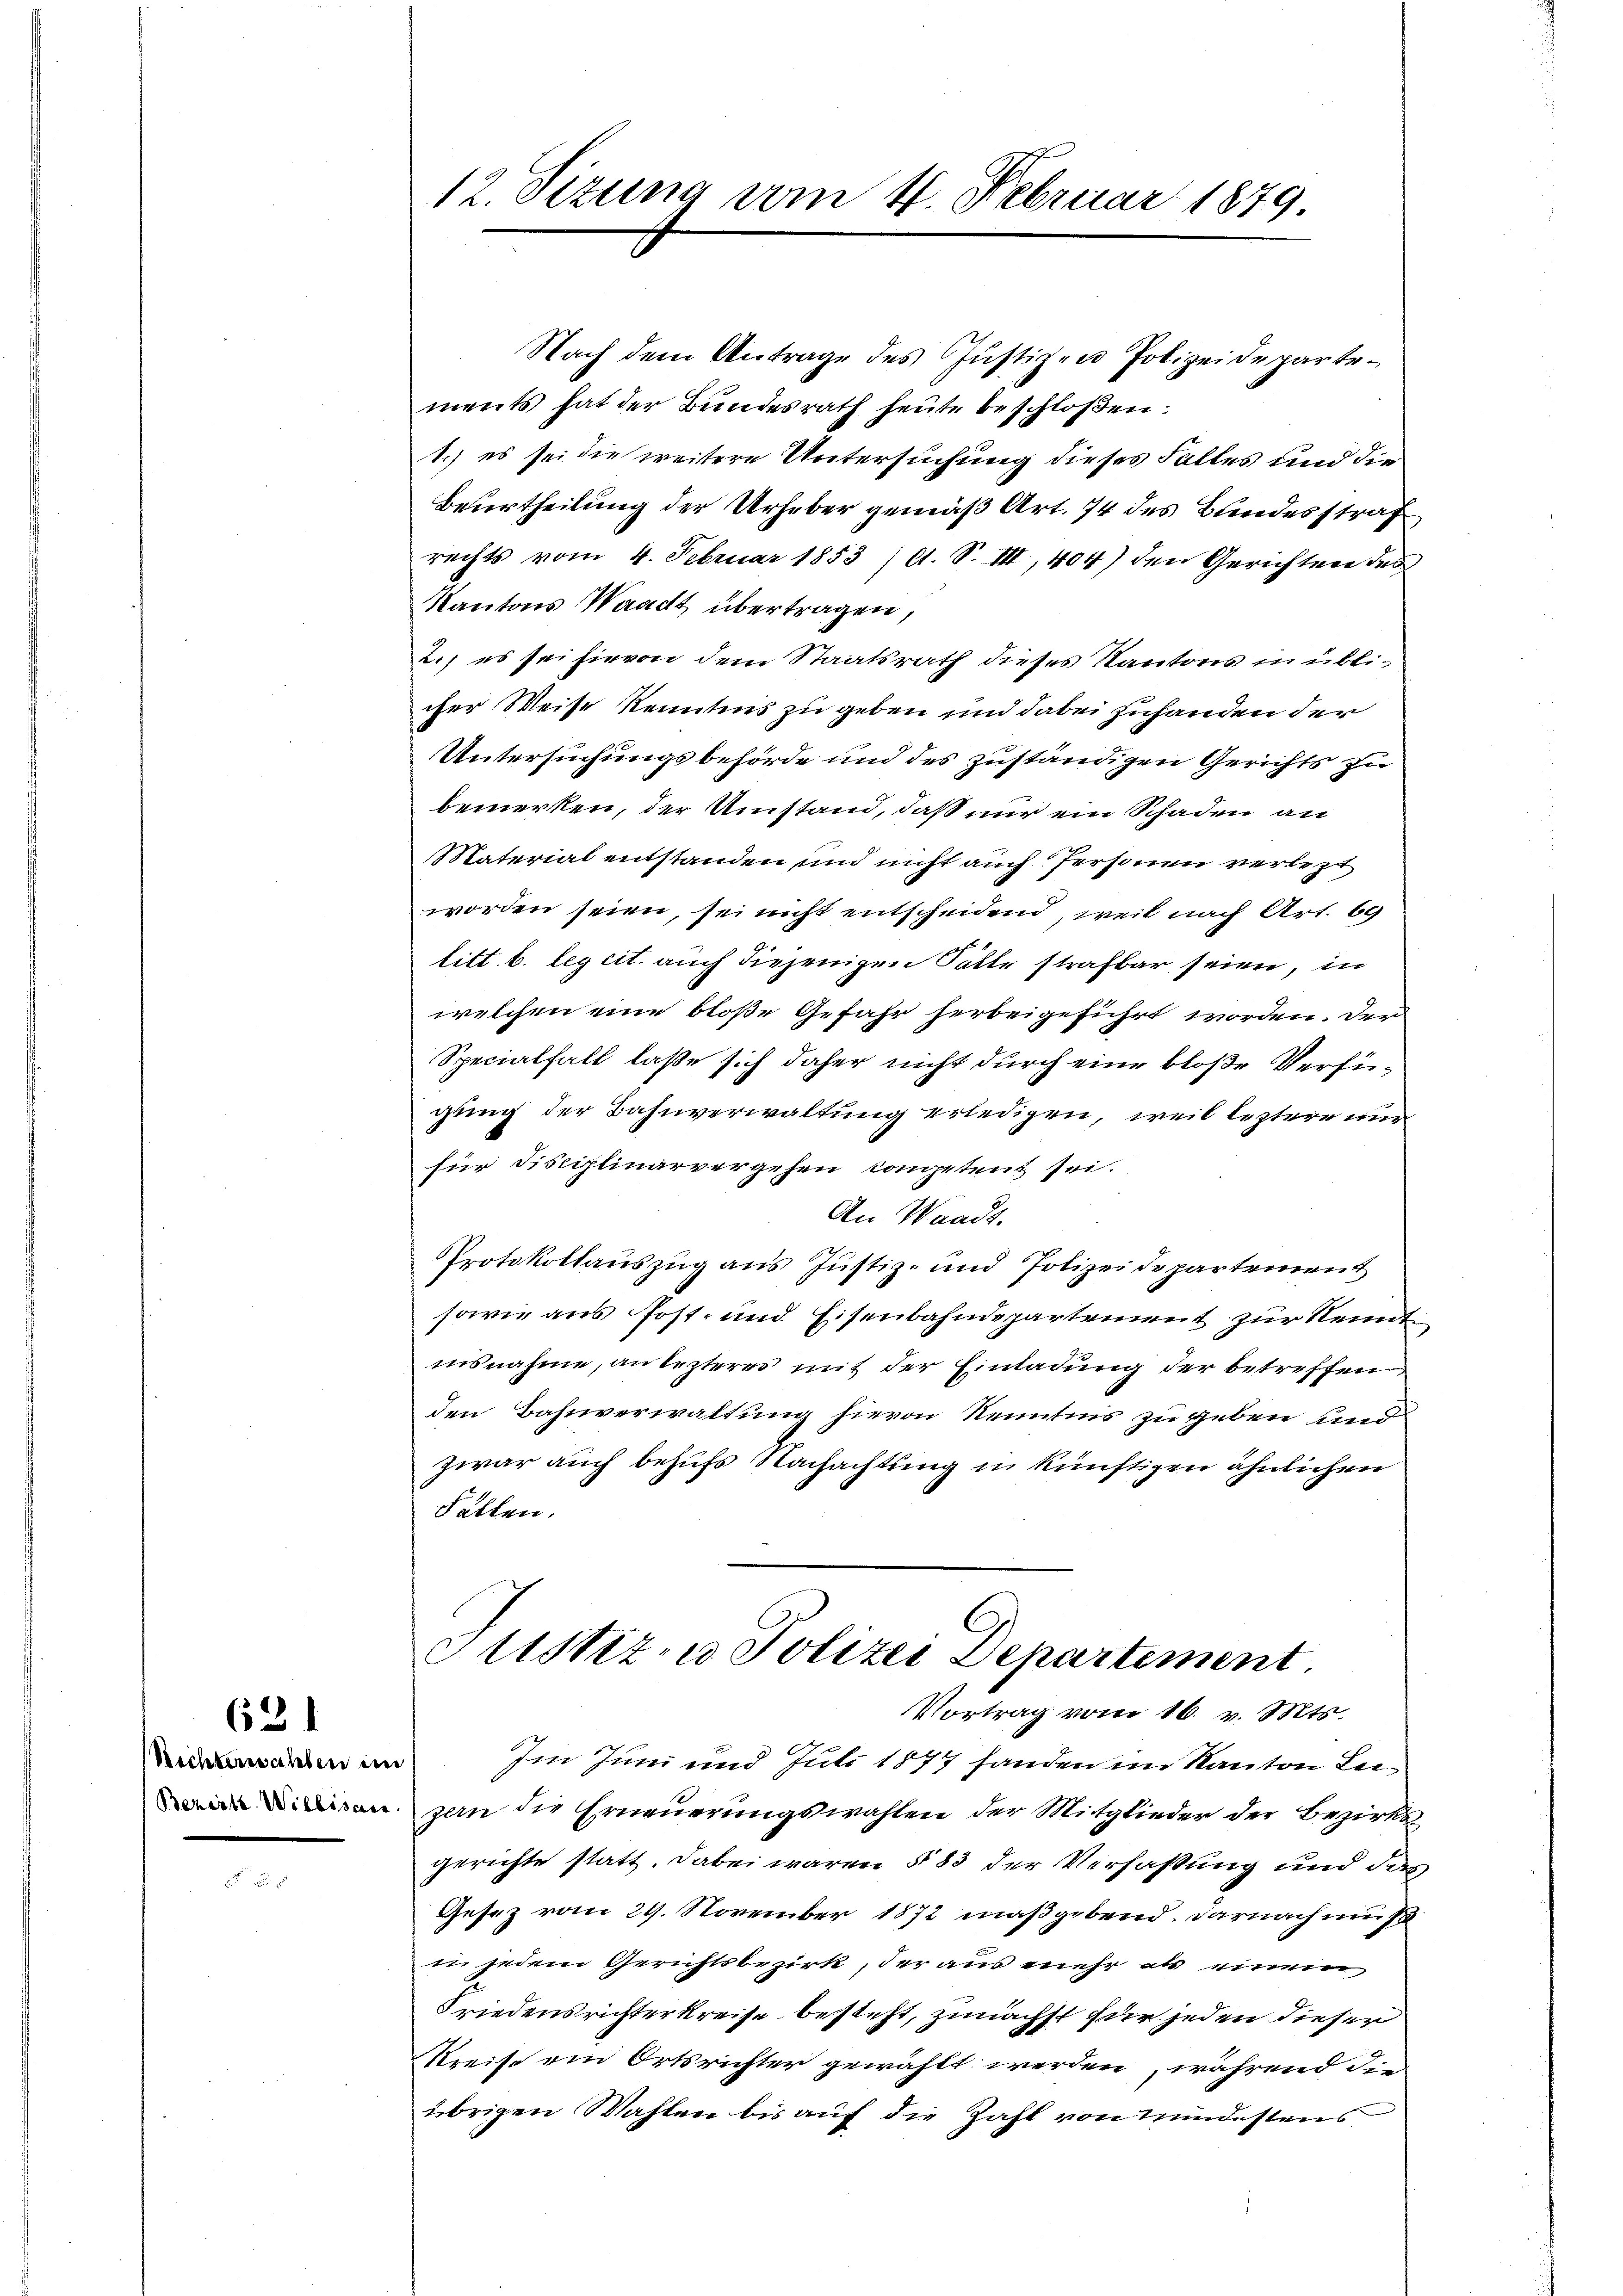
631

Richterwahlen im
Bezirte. Willisau

12. Sizung vom 4. Februar 1879

Nach dem Antrage des Justizen Polizeidepartements hat der Bundesrath heute beschloßen:
1.) es sei die weitere Untersuchung dieses Falles und die
Beurtheilung der Urheber gemäß Art. 74 des Bundesstraf
rechts vom 4. Februar 1853 (lt. S. III, 404) den Gerichten des
Kantons Waadt übertragen,
2.) es sei hievon dem Staatsrath dieses Kantons in üblicher Weise kenntens zu geben und dabei zuhanden der
Untersuchungsbehörde und des zuständigen Gerichts zu
bemerken, der Umstand, daß nur ein Schaden an
Material entstanden und nicht auch Personen verlezt
worden seien, sei nicht entscheidend, weil nach Art. 69
litt. b. leg cit. auch diejenigen Fälle strafbar seien, in
welchen eine bloße Gefahr herbeigeführt worden. Der
Specialfall laße sich daher nicht durch eine bloße Verfügung der Bahnverwaltung erledigen, weil leztere nur
für Fisciplinarvergehen Competent sei.
An Waadt.
Protokollauszug aus Justiz- und Polizeidepartement
sowie aus Post- und Eisenbahndepartement zur Kenntnisnahme, an lezteres mit der Einladung der betreffen,
den Bahnverwaltung hievon Kenntnis zu geben und
zwar auch behufs Nachachtung in künftigen ähnlichen
Fällen.
Justiz- u Polizei Departement.
Vortrag vom 16. v. Mts.
Im Juni und Juli 1877 fanden im Kanton Leizan die Erneuerungswahlen der Mitglieder der Bezirksgerichte statt. Dabei waren § 83 der Verfassung und das
Gesez vom 29. November 1872 maßgebend, darnach muß
in jedem Gerichtsbezirk, der aus mehr als einem
Friedensrichterkreise besteht, zunächst für jeden dieser
Kreise ein Ortsrichter gewählt werden, während die
übrigen Wahlen bis auf die Zahl von Kindestens